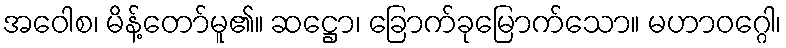
အဝေါစ၊ မိန့်တော်မူ၏။ ဆဋ္ဌော၊ ခြောက်ခုမြောက်သော။ မဟာဝဂ္ဂေါ၊